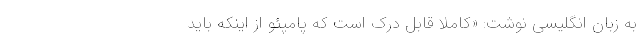
به زبان انگلیسی نوشت: «کاملا قابل درک است که پامپئو از اینکه باید